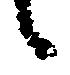
候